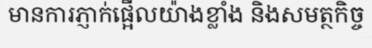
មានការភ្ញាក់ផ្អើលយ៉ាងខ្លាំង និងសមត្ថកិច្ច